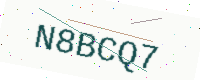
Text: N8BCQ7